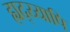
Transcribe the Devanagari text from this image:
ह्यद्य्यापि